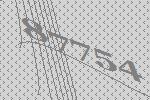
87754